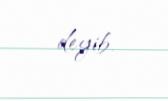
deyib.